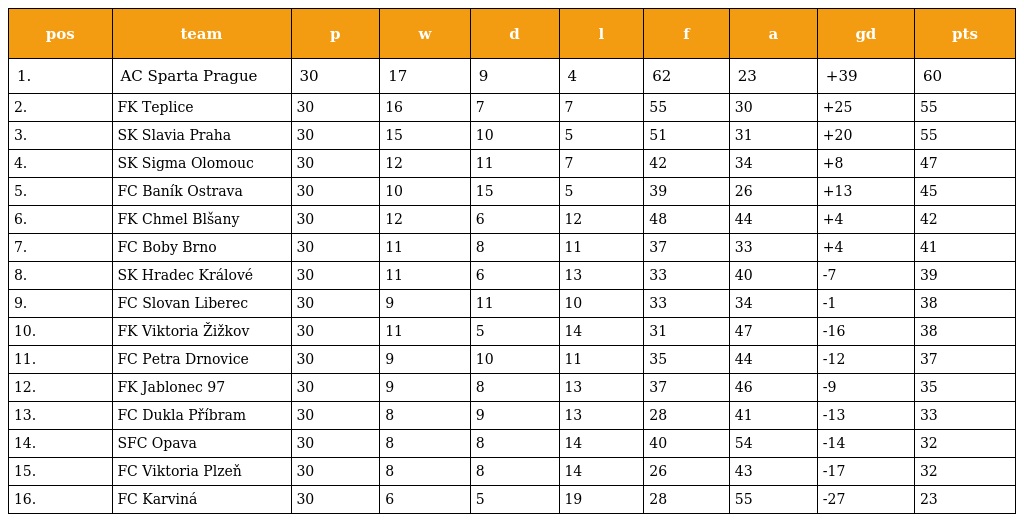
| pos | team | p | w | d | l | f | a | gd | pts |
 | --- | --- | --- | --- | --- | --- | --- | --- | --- | --- |
 | 1. | AC Sparta Prague | 30 | 17 | 9 | 4 | 62 | 23 | +39 | 60 |
 | 2. | FK Teplice | 30 | 16 | 7 | 7 | 55 | 30 | +25 | 55 |
 | 3. | SK Slavia Praha | 30 | 15 | 10 | 5 | 51 | 31 | +20 | 55 |
 | 4. | SK Sigma Olomouc | 30 | 12 | 11 | 7 | 42 | 34 | +8 | 47 |
 | 5. | FC Baník Ostrava | 30 | 10 | 15 | 5 | 39 | 26 | +13 | 45 |
 | 6. | FK Chmel Blšany | 30 | 12 | 6 | 12 | 48 | 44 | +4 | 42 |
 | 7. | FC Boby Brno | 30 | 11 | 8 | 11 | 37 | 33 | +4 | 41 |
 | 8. | SK Hradec Králové | 30 | 11 | 6 | 13 | 33 | 40 | -7 | 39 |
 | 9. | FC Slovan Liberec | 30 | 9 | 11 | 10 | 33 | 34 | -1 | 38 |
 | 10. | FK Viktoria Žižkov | 30 | 11 | 5 | 14 | 31 | 47 | -16 | 38 |
 | 11. | FC Petra Drnovice | 30 | 9 | 10 | 11 | 35 | 44 | -12 | 37 |
 | 12. | FK Jablonec 97 | 30 | 9 | 8 | 13 | 37 | 46 | -9 | 35 |
 | 13. | FC Dukla Příbram | 30 | 8 | 9 | 13 | 28 | 41 | -13 | 33 |
 | 14. | SFC Opava | 30 | 8 | 8 | 14 | 40 | 54 | -14 | 32 |
 | 15. | FC Viktoria Plzeň | 30 | 8 | 8 | 14 | 26 | 43 | -17 | 32 |
 | 16. | FC Karviná | 30 | 6 | 5 | 19 | 28 | 55 | -27 | 23 |